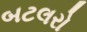
બટલરો